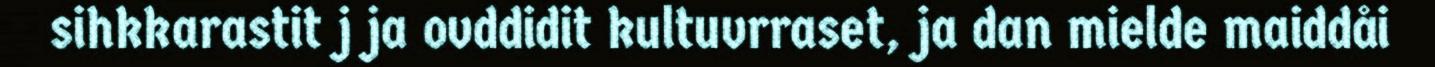
sihkkarastit j ja ovddidit kultuvrraset, ja dan mielde maiddåi